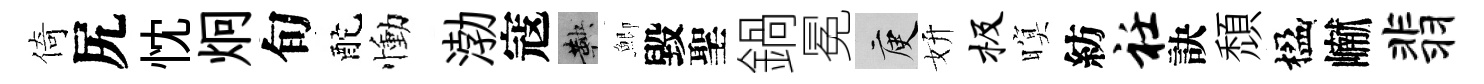
倚尻忱炯旬酡慟渤寇鞅鯽毀聖鍋冕庾妍极暝紡衽訣頹楹𪩘翡